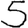
Digit: 5